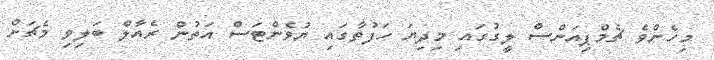
މިހެންވެ ޗެމްޕިއަންސް ލީގުގައި މިދިޔަ ހަފުތާގައި ޔުވެންޓަސް އަތުން ރެއާލް ބަލިވި މެޗަށް